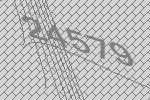
24579